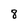
Character: 8